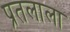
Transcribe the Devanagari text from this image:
प्रतलाला